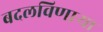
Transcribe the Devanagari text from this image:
बदलविणाऱ्या